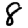
Digit: 8